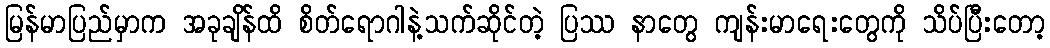
မြန်မာပြည်မှာက အခုချိန်ထိ စိတ်ရောဂါနဲ့သက်ဆိုင်တဲ့ ပြဿ နာတွေ ကျန်းမာရေးတွေကို သိပ်ပြီးတော့